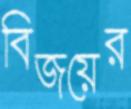
বিজয়ের